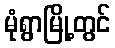
မုံရွာမြို့တွင်